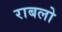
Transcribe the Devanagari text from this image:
राबलो